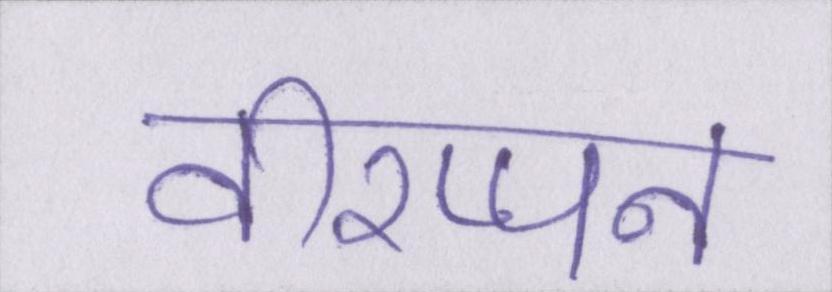
वीरप्पन